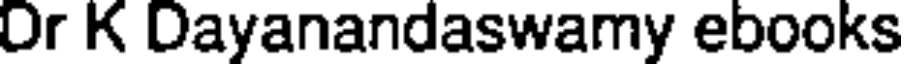
Or K Dayanandaswamy ebooks